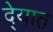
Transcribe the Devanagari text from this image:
दे्यात